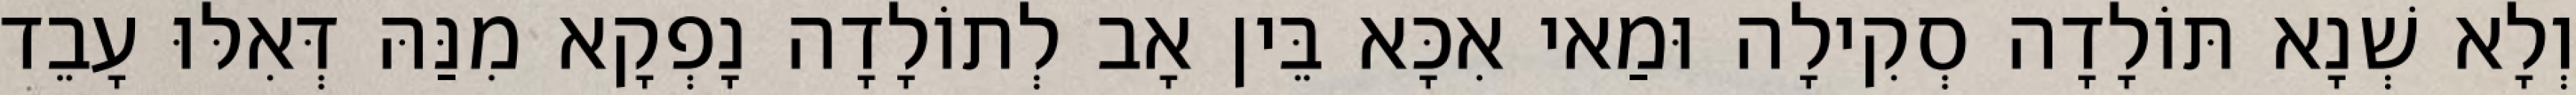
וְלָא שְׁנָא תּוֹלָדָה סְקִילָה וּמַאי אִכָּא בֵּין אָב לְתוֹלָדָה נָפְקָא מִנַּהּ דְּאִלּוּ עָבֵד